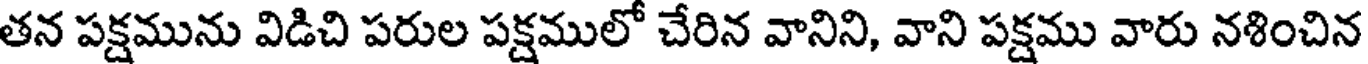
తన పక్షమును విడిచి పరుల పక్షములో చేరిన వానిని, వాని పక్షము వారు నశించిన